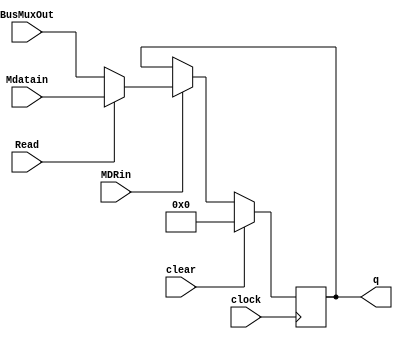
module MDR (clear, clock, MDRin, BusMuxOut, Mdatain, Read, q);
	input [31:0] BusMuxOut;
	input [31:0] Mdatain;
	input Read;
	input clear, clock, MDRin;
	output[31:0] q;
	reg[31:0] q;
	
	always @ (posedge clock) begin
		if (clear)
			q <= 32'b0;
		else
			if (MDRin)
				if (!Read)
					q <= BusMuxOut;
				else
					q <= Mdatain;
			else
				q <= q;
	end
endmodule